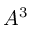
A ^ { 3 }